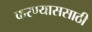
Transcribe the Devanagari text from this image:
करण्याससाठी